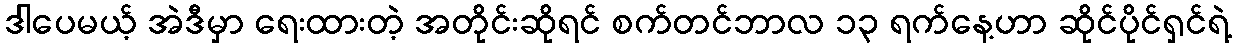
ဒါပေမယ့် အဲဒီမှာ ရေးထားတဲ့ အတိုင်းဆိုရင် စက်တင်ဘာလ ၁၃ ရက်နေ့ဟာ ဆိုင်ပိုင်ရှင်ရဲ့